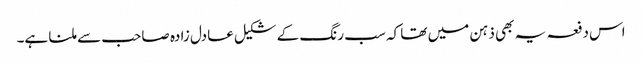
اس دفعہ یہ بھی ذہن میں تھا کہ سب رنگ کے شکیل عادل زادہ صاحب سے ملنا ہے۔